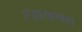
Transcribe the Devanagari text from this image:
एआयएक्स